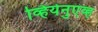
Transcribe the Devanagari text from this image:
व्हियेनुएव्ह